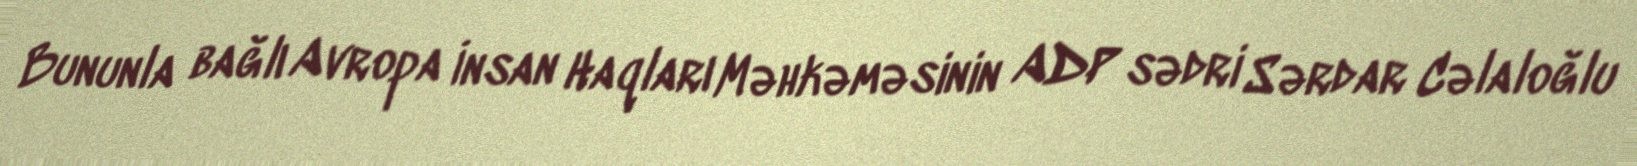
Bununla bağlı Avropa İnsan Haqları Məhkəməsinin ADP sədri Sərdar Cəlaloğlu